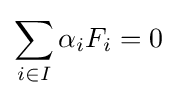
\sum _{i\in I}\alpha _{i}F_{i}=0